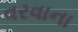
વરવાના